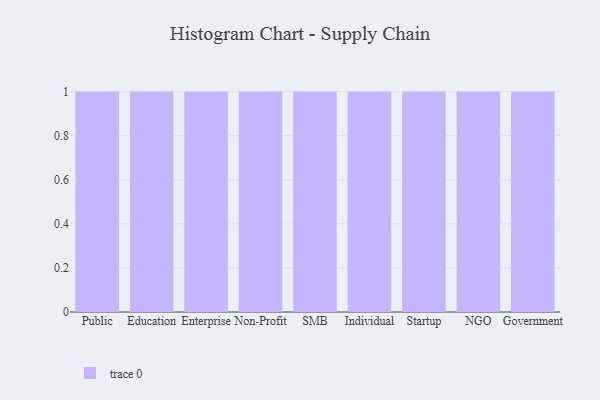
{"axis": {"x": "Segment", "y": "Revenue (USD Million)"}, "legend": [""], "data": [{"x": "Public", "y": 32, "type": ""}, {"x": "Education", "y": 9, "type": ""}, {"x": "Enterprise", "y": 80, "type": ""}, {"x": "Non-Profit", "y": 22, "type": ""}, {"x": "SMB", "y": 32, "type": ""}, {"x": "Individual", "y": 89, "type": ""}, {"x": "Startup", "y": 59, "type": ""}, {"x": "NGO", "y": 77, "type": ""}, {"x": "Government", "y": 73, "type": ""}]}